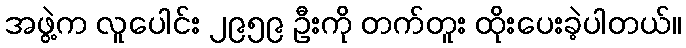
အဖွဲ့က လူပေါင်း ၂၉၅၉ ဦးကို တက်တူး ထိုးပေးခဲ့ပါတယ်။